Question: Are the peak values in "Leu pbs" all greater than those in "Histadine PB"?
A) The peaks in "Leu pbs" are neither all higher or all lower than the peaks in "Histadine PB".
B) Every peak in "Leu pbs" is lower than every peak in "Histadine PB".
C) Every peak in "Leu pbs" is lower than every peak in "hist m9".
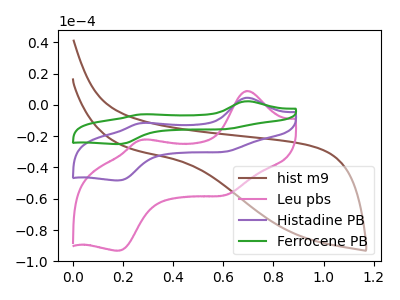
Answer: <think>The brown curve "hist m9" has no peaks. The pink curve "Leu pbs" has anodic peaks at (0.70V, 8.95uA) (0.30V, -22.10uA) and cathodic peaks at (0.60V, -57.00uA) (0.20V, -93.15uA). The purple curve "Histadine PB" has anodic peaks at (0.70V, 4.65uA) (0.30V, -11.45uA) and cathodic peaks at (0.60V, -29.50uA) (0.20V, -48.25uA). The green curve "Ferrocene PB" has anodic peaks at (0.70V, 9.30uA) (0.30V, -22.90uA) and cathodic peaks at (0.60V, -59.05uA) (0.20V, -96.45uA).</think>
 <answer>A) The peaks in "Leu pbs" are neither all higher or all lower than the peaks in "Histadine PB".</answer>
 <eval>A</eval>